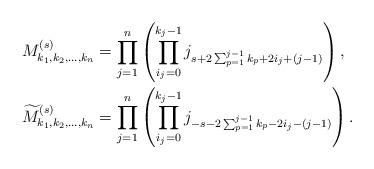
LaTeX: \begin{align*}M^{(s)}_{k_{1},k_{2},\ldots,k_{n}} & =\prod_{j=1}^{n}\left(\prod_{i_{j}=0}^{k_{j}-1}j_{s+2\sum^{j-1}_{p=1}{k_p}+2i_{j}+(j-1)}\right), \\\widetilde{M}^{(s)}_{k_{1},k_{2},\ldots,k_{n}} & =\prod_{j=1}^{n}\left(\prod_{i_{j}=0}^{k_{j}-1}j_{-s-2\sum^{j-1}_{p=1}{k_p}-2i_{j}-(j-1)}\right).\end{align*}